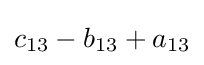
c_{13}-b_{13}+a_{13}